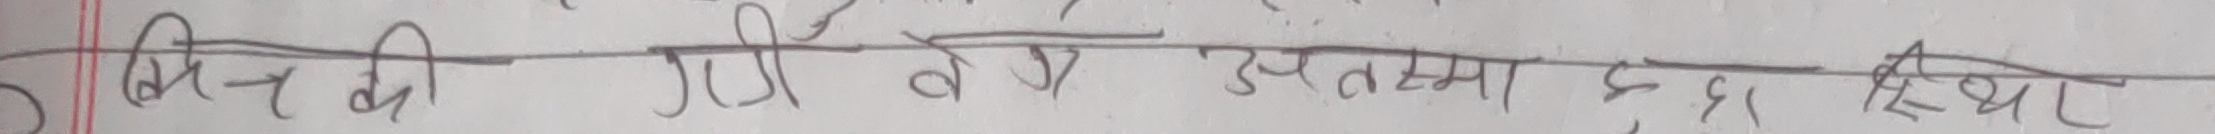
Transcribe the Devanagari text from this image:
किन्न दी गई उत्तमा ६ स्थिर